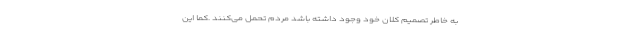
به خاطر تصمیم کلان خود وجود داشته باشد مردم تحمل می‌کنند .کما این